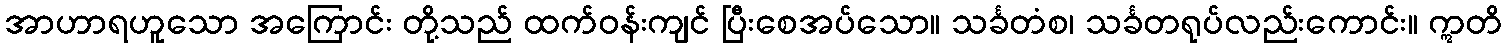
အာဟာရဟူသော အကြောင်း တို့သည် ထက်ဝန်းကျင် ပြီးစေအပ်သော။ သင်္ခတံစ၊ သင်္ခတရုပ်လည်းကောင်း။ ဣတိ